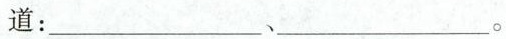
知道：___、___。